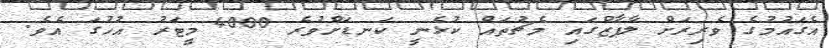
އެގައުމުގެ ވެރިރަށް ލާޕާޒްގައި މެޗުތައް ކުޅެނީ ކަނޑަށްވުރެ 4000 މީޓަރު އުހުގަ އެވެ.